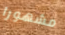
مشهورا